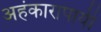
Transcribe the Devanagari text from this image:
अहंकारापायी